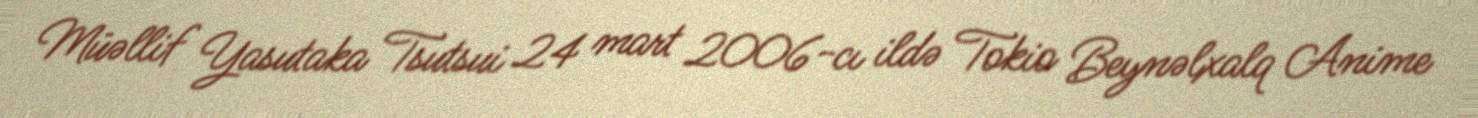
Müəllif Yasutaka Tsutsui 24 mart 2006-cı ildə Tokio Beynəlxalq Anime